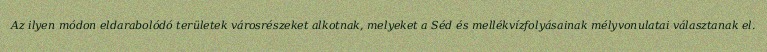
Az ilyen módon eldarabolódó területek városrészeket alkotnak, melyeket a Séd és mellékvízfolyásainak mélyvonulatai választanak el.